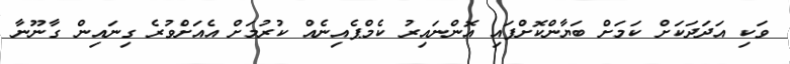
ވަކި އަދަދަކަށް ކަމަށް ބަޔާންކޮށްފައި އޮންނައިރު ކެމްޕެއިނެއް ކުރުމަށް އެއަށްވުރެ ގިނައިން ގާނޫނާ